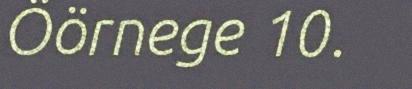
Öörnege 10.